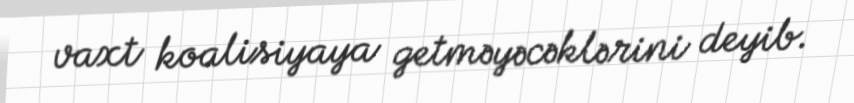
vaxt koalisiyaya getməyəcəklərini deyib.